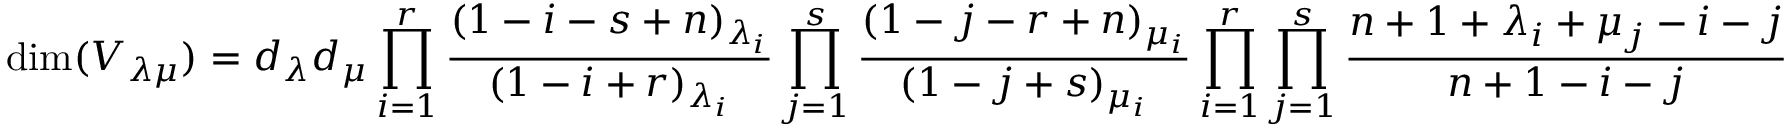
\dim ( V _ { \lambda \mu } ) = d _ { \lambda } d _ { \mu } \prod _ { i = 1 } ^ { r } { \frac { ( 1 - i - s + n ) _ { \lambda _ { i } } } { ( 1 - i + r ) _ { \lambda _ { i } } } } \prod _ { j = 1 } ^ { s } { \frac { ( 1 - j - r + n ) _ { \mu _ { i } } } { ( 1 - j + s ) _ { \mu _ { i } } } } \prod _ { i = 1 } ^ { r } \prod _ { j = 1 } ^ { s } { \frac { n + 1 + \lambda _ { i } + \mu _ { j } - i - j } { n + 1 - i - j } }